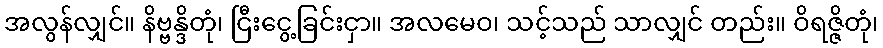
အလွန်လျှင်။ နိဗ္ဗန္ဒိတုံ၊ ငြီးငွေ့ခြင်းငှာ။ အလမေဝ၊ သင့်သည် သာလျှင် တည်း။ ဝိရဇ္ဇိတုံ၊